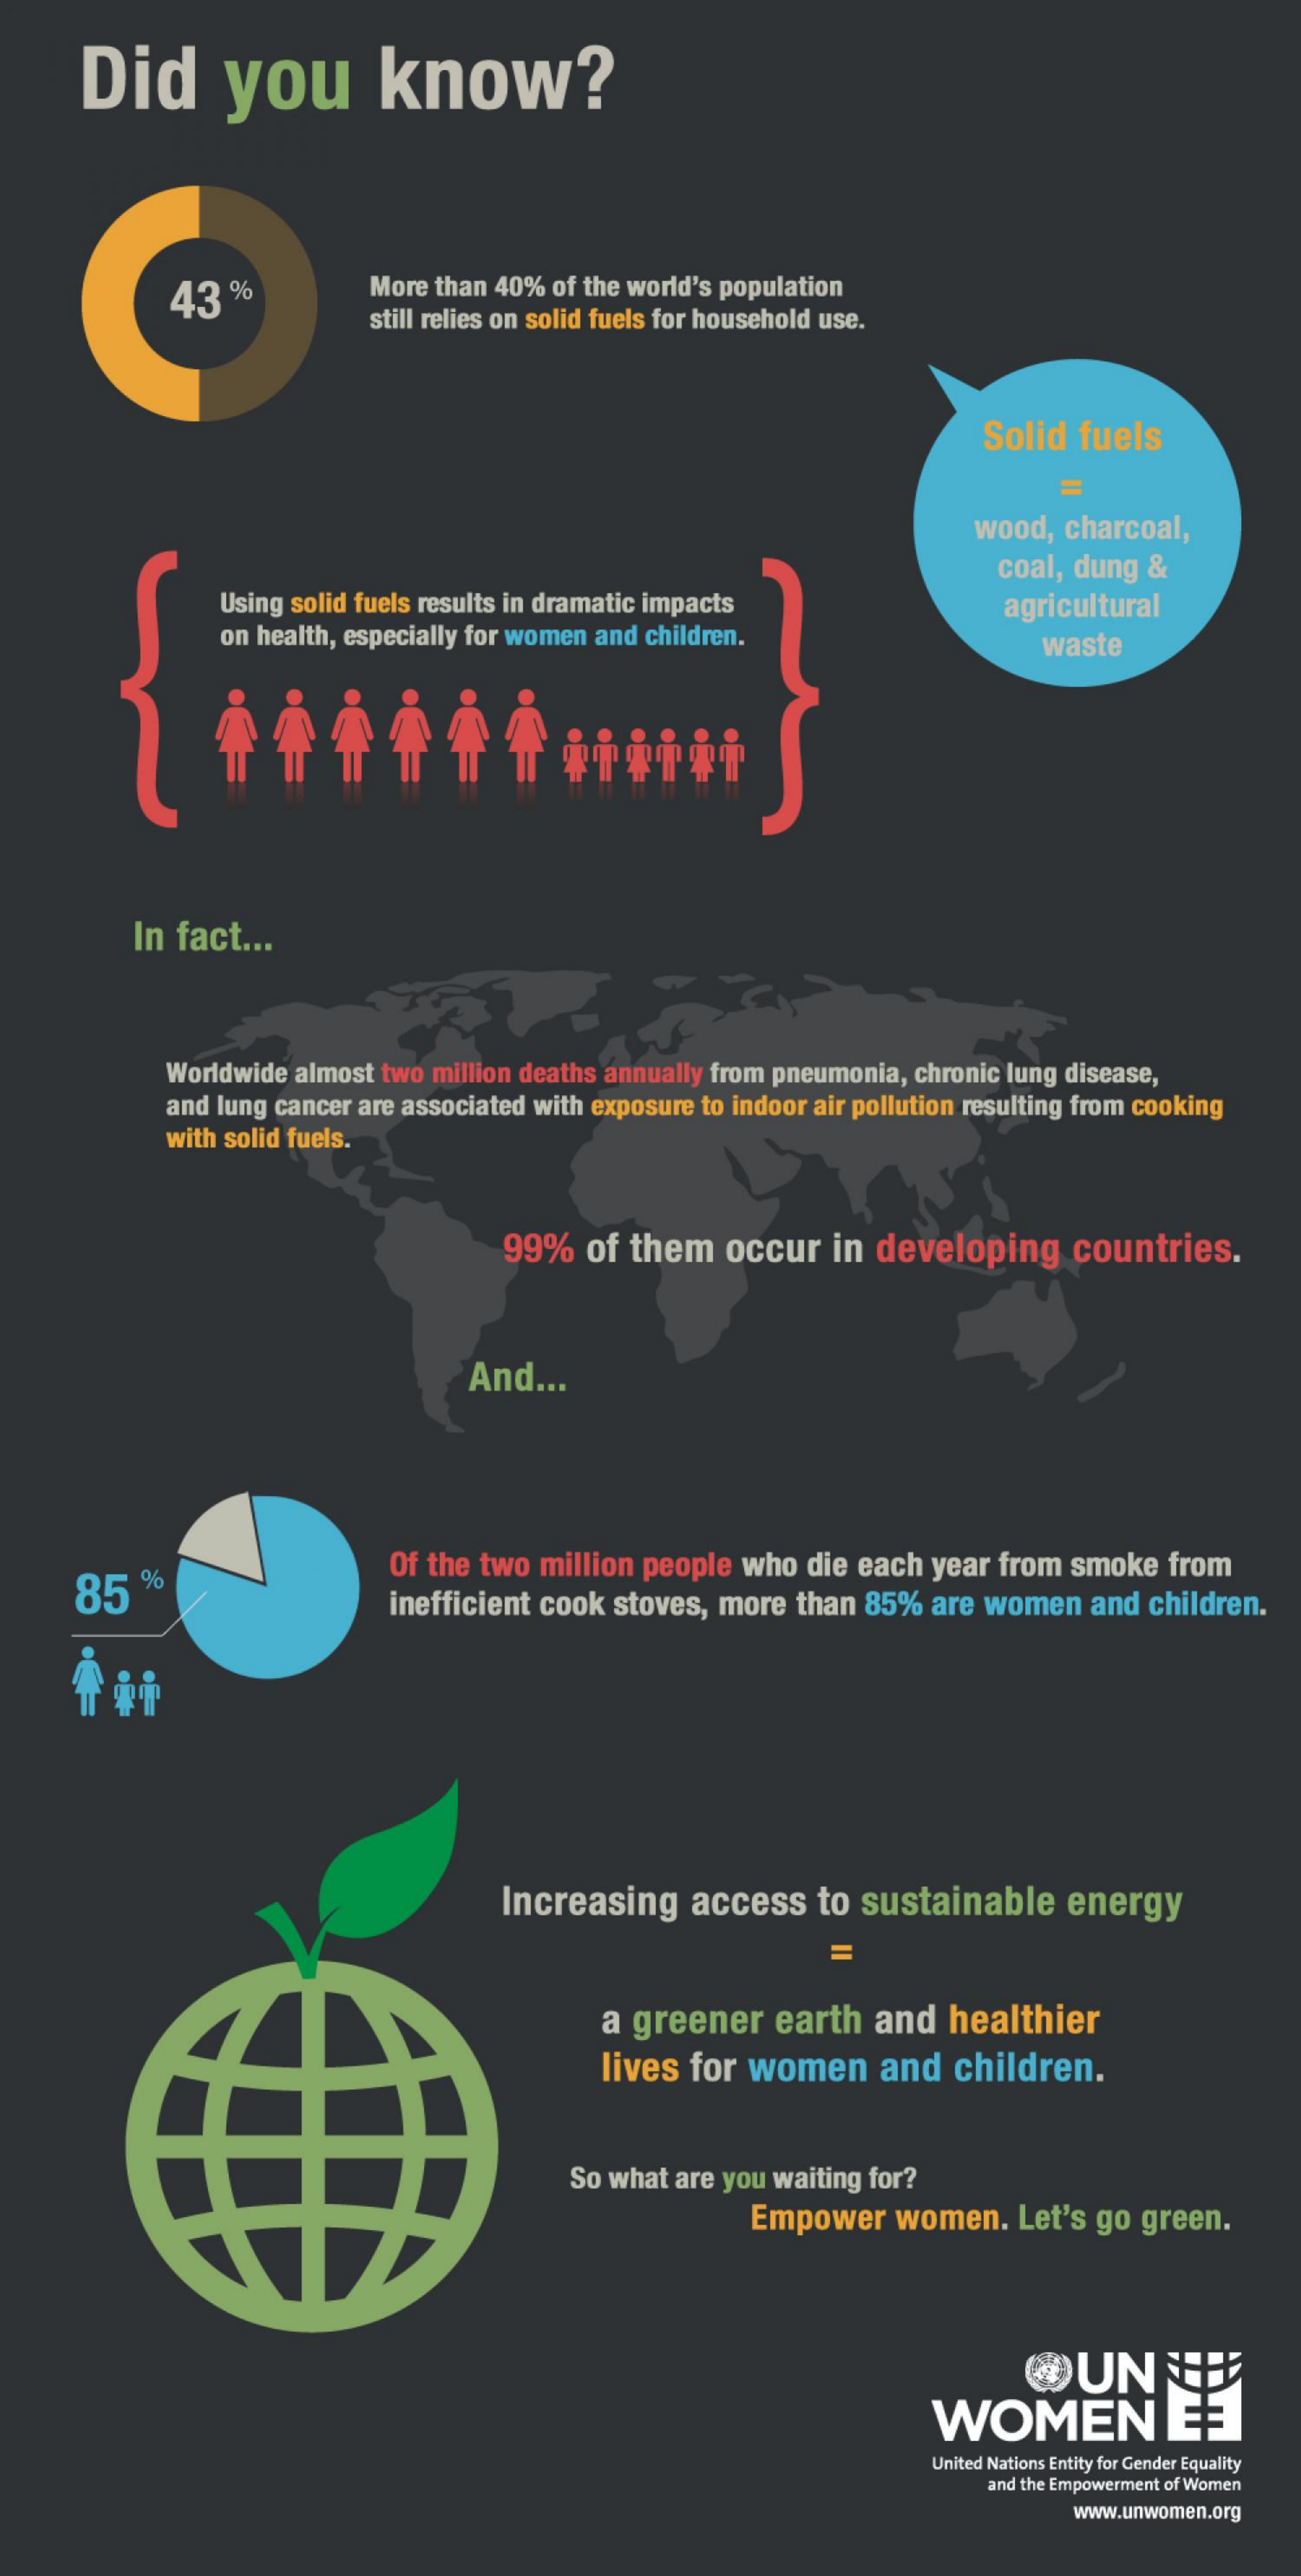
Did    you    know?
     43   %    More than 40% of the world's population
     still relies on solid fuels for household use.
     Solid fuels
     wood, charcoal,
     coal, dung &
     Using solid fuels results in dramatic impacts
     on health, especially for women and children.
     agricultural
     waste
     In fact ...
     Worldwide almost two million deaths annually from pneumonia, chronic lung disease,
     and lung cancer are associated with exposure to indoor air pollution resulting from cooking
     with solid fuels.
     99%   of them   occur   in developing    countries.
     And  ...
     85
     %    Of the two million people who die each  year from smoke  from
     inefficient cook stoves, more than 85%  are women  and children.
     İit
     Increasing    access   to sustainable    energy
     a greener   earth  and   healthier
     lives  for women    and  children.
     So what are you waiting for?
     Empower   women.   Let's go green.
     UN
     WOMEN
     United Nations Entity for Gender Equality
     and the Empowerment of Women
     www.unwomen.org